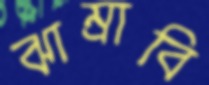
ঝাম্‌রাবি